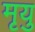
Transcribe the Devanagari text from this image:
मृयु